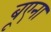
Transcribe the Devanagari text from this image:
बूएना